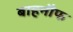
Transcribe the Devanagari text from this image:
बाहनौफ